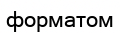
форматом